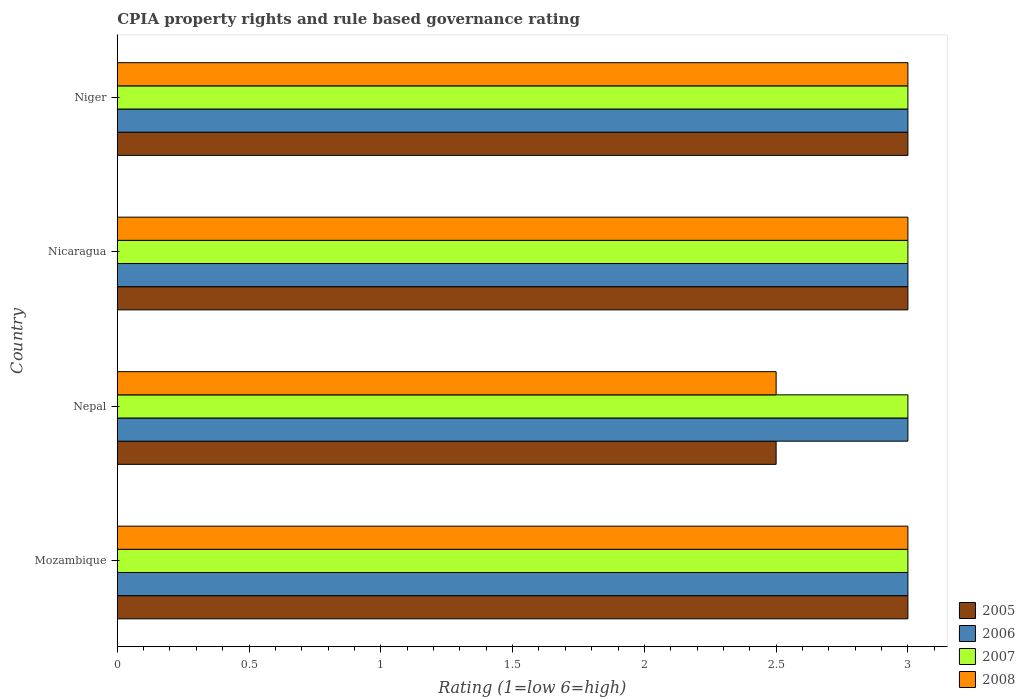
| Country | 2005 | 2006 | 2007 | 2008 |
 | --- | --- | --- | --- | --- |
 | Mozambique | 3 | 3 | 3 | 3 |
 | Nepal | 2.5 | 3 | 3 | 2.5 |
 | Nicaragua | 3 | 3 | 3 | 3 |
 | Niger | 3 | 3 | 3 | 3 |